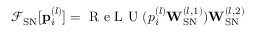
\mathcal { F } _ { \mathrm { S N } } [ \mathbf { p } _ { i } ^ { ( l ) } ] = \textrm { R e L U } ( p _ { i } ^ { ( l ) } \mathbf { W } _ { \mathrm { S N } } ^ { ( l , 1 ) } ) \mathbf { W } _ { \mathrm { S N } } ^ { ( l , 2 ) }